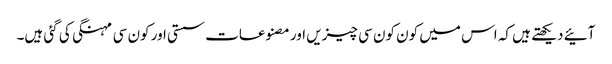
آئیے دیکھتے ہیں کہ اس میں کون کون سی چیزیں اور مصنوعات سستی اور کون سی مہنگی کی گئی ہیں۔